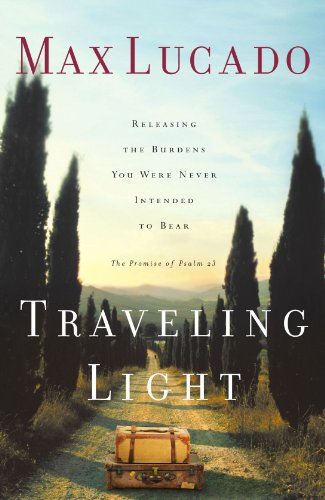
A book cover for Traveling Light: Releasing the Burdens You Were Never Intended to Bear; Max Lucado; Christian Books & Bibles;